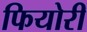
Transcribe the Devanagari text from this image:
फियोरी